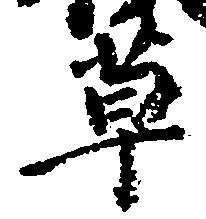
草